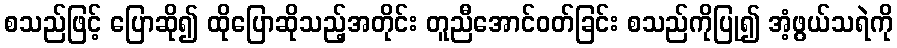
စသည်ဖြင့် ပြောဆို၍ ထိုပြောဆိုသည့်အတိုင်း တူညီအောင်ဝတ်ခြင်း စသည်ကိုပြု၍ အံ့ဖွယ်သရဲကို